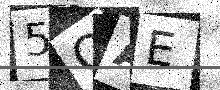
Text: 5QAE